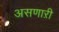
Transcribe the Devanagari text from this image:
असणाऱी